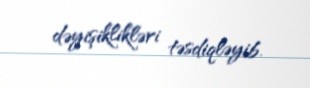
dəyişiklikləri təsdiqləyib.